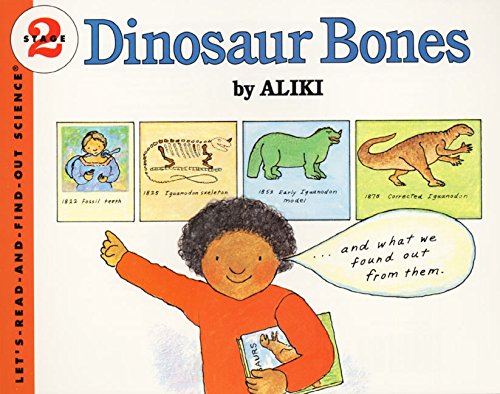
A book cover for Dinosaur Bones (Let's-Read-and-Find-Out Science 2); Aliki; Children's Books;